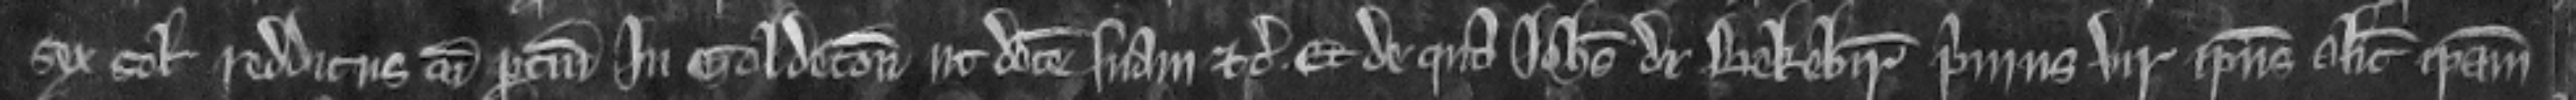
sex solidorum redditus cum pertinencis in Goldeton ut dotem suam etc. Et de qua Johannes de Bekebir primus vir ipsius Alicie ipsam